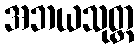
အဘယသုတ္တ